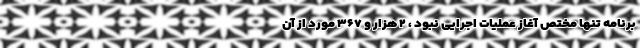
برنامه تنها مختص آغاز عملیات اجرایی نبود ، ۲ هزار و ۳۶۷ مورد از آن